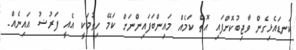
ކަނޑައެޅިގެން ވާޖިބުކޮށްފައި އޮތް ކަމެއް މައިންބަފައިންނަށް ކަމޭ ހިތުމަކީ އެއީ ފަރުޟު އައިނެއް.